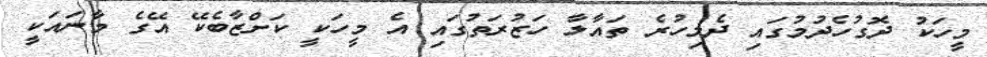
މީހަކު ދޮގުހެދުމުގައި ދެމިހުރެ ތައާލާ ހަޒުރަތުގައި އެ މީހަކީ ކަށްޒާބެކޭ އޭގެ މާނައަކީ